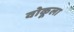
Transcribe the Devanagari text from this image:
वोकूला